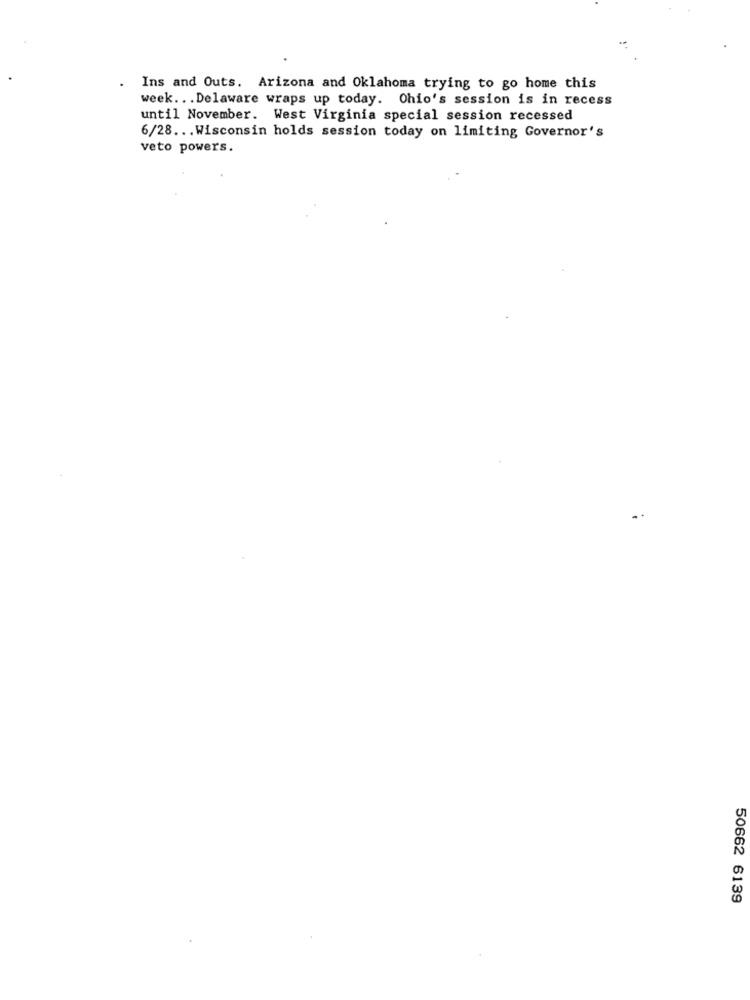
Ins and Outs. Arizona and Oklahoma trying to go home this
week .. . Delaware wraps up today. Ohio's session is in recess
until November. West Virginia special session recessed
6/28 ... Wisconsin holds session today on limiting Governor's
veto powers.
50662 6139